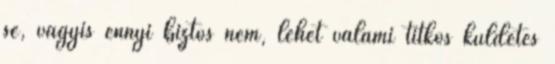
se, vagyis ennyi biztos nem, lehet valami titkos küldetés